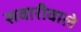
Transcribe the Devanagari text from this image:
सवारीवाले